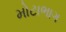
મોટાભાગ